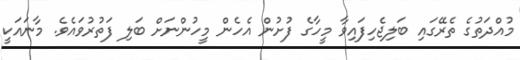
މުއްދަތުގެ ތެރޭގައި ބަލިޖެހިފައިވާ މީހާގެ ފުށުން އެހެން މީހުންނަށް ބަލި ފަތުރުވައެވެ. މާނައަކީ